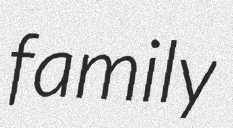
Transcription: family